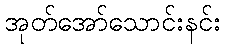
အုတ်အော်သောင်းနင်း